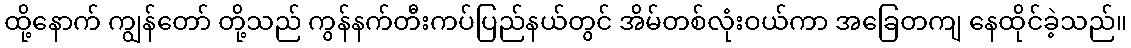
ထို့နောက် ကျွန်တော် တို့သည် ကွန်နက်တီးကပ်ပြည်နယ်တွင် အိမ်တစ်လုံးဝယ်ကာ အခြေတကျ နေထိုင်ခဲ့သည်။